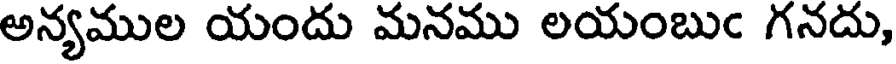
అన్యముల యందు మనము లయంబుఁ గనదు,